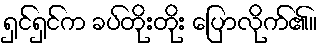
ရှင်ရှင်က ခပ်တိုးတိုး ပြောလိုက်၏။